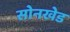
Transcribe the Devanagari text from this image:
सोनखेड